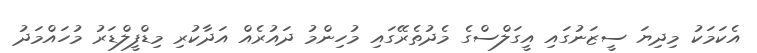
އެކަމަކު މިދިޔަ ސީޒަނުގައި އީގަލްސްގެ މެދުތެރޭގައި މުހިންމު ދައުރެއް އަދާކުރި މިޑްފީލްޑަރު މުހައްމަދު